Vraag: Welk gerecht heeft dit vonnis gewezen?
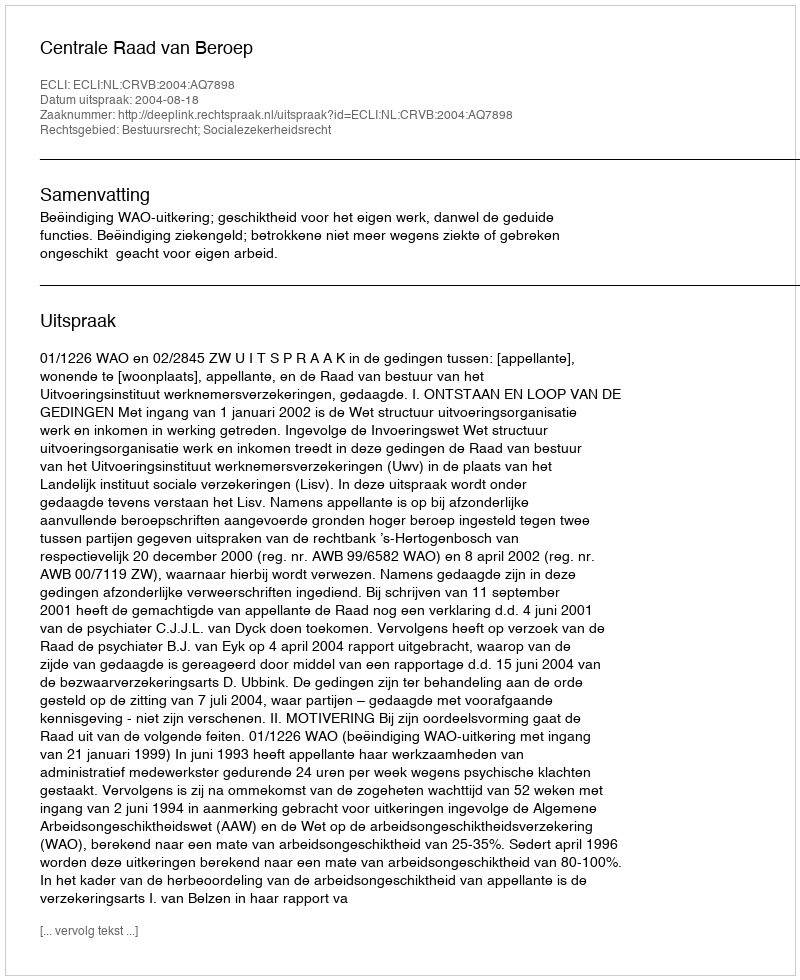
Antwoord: Centrale Raad van Beroep